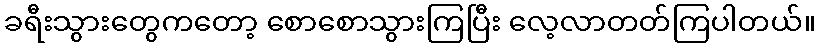
ခရီးသွားတွေကတော့ စောစောသွားကြပြီး လေ့လာတတ်ကြပါတယ်။